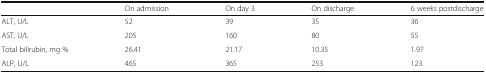
<table><thead><tr><td></td><td><b>On admission</b></td><td><b>On day 3</b></td><td><b>On discharge</b></td><td><b>6 weeks postdischarge</b></td></tr></thead><tbody><tr><td>ALT, U/L</td><td>52</td><td>39</td><td>35</td><td>36</td></tr><tr><td>AST, U/L</td><td>205</td><td>160</td><td>80</td><td>55</td></tr><tr><td>Total bilirubin, mg %</td><td>26.41</td><td>21.17</td><td>10.35</td><td>1.97</td></tr><tr><td>ALP, U/L</td><td>465</td><td>365</td><td>253</td><td>123</td></tr></tbody></table>